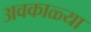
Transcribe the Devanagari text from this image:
अवकाळ्या